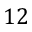
1 2